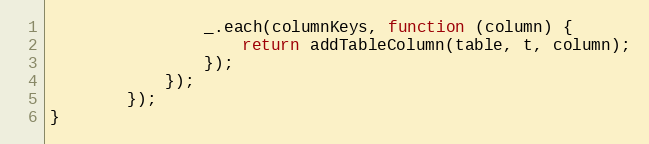
Language: JavaScript
                _.each(columnKeys, function (column) {
                    return addTableColumn(table, t, column);
                });
            });
        });
}